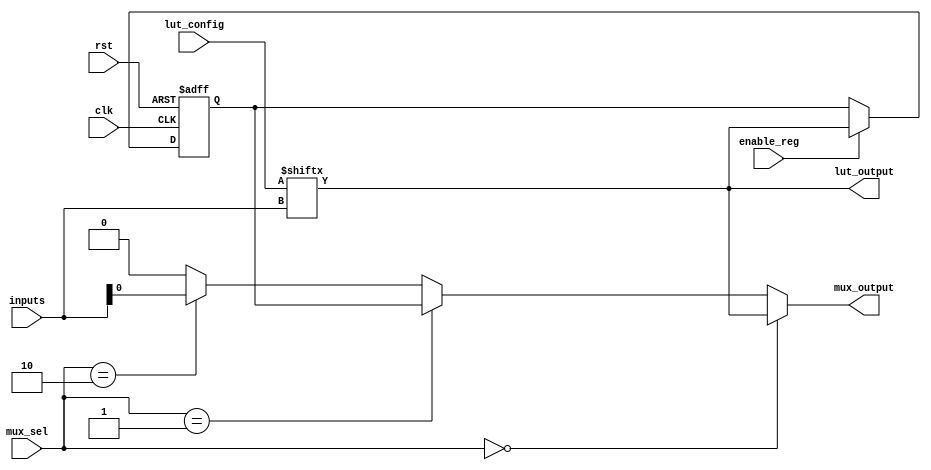
module ConfigurableLogicBlock #(
    parameter WIDTH = 4, // Number of input bits for the LUT
    parameter LUT_SIZE = 2**WIDTH // Total number of possible combinations for the LUT
)(
    input wire [WIDTH-1:0] inputs,          // Input signals to the CLB
    input wire [LUT_SIZE-1:0] lut_config,   // Configuration for the LUT
    input wire [1:0] mux_sel,                // Multiplexer select signals
    input wire clk,                           // Clock signal for registers
    input wire rst,                           // Reset signal
    input wire enable_reg,                   // Enable signal for the register
    output wire lut_output,                   // Output from the LUT
    output wire mux_output                    // Output from the selected MUX
);

    // LUT implementation
    reg lut_out;
    always @(*) begin
        lut_out = lut_config[inputs]; // Output based on LUT configuration
    end

    // Register to store the LUT output
    reg reg_out;
    always @(posedge clk or posedge rst) begin
        if (rst) begin
            reg_out <= 1'b0; // Reset register
        end else if (enable_reg) begin
            reg_out <= lut_out; // Store LUT output if enabled
        end
    end

    // Multiplexer to select between LUT output and register output
    assign mux_output = (mux_sel == 2'b00) ? lut_out :
                        (mux_sel == 2'b01) ? reg_out :
                        (mux_sel == 2'b10) ? inputs[0] : 1'b0; // Example for additional input
                        
    // Output from the LUT
    assign lut_output = lut_out;

endmodule